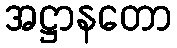
အဋ္ဌာနတော